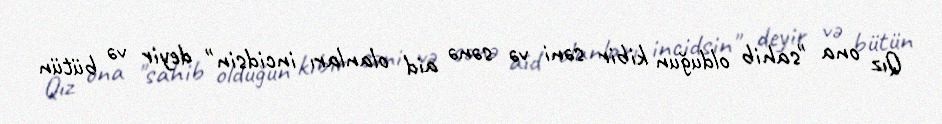
Qız ona "sahib olduğun kibir səni və sənə aid olanları incidsin" deyir və bütün